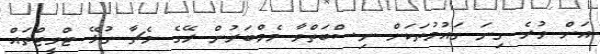
އަށް ވުރެ ގިނަ ގައުމުތަކަށް ނިސްބަތްވާ މެމްބަރުން ރޭގެ މެޗާ ގުޅޭ ޓްވީޓްތައް